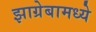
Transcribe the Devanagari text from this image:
झाग्रेबामध्ये